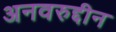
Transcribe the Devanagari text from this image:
अनवरुद्दीन